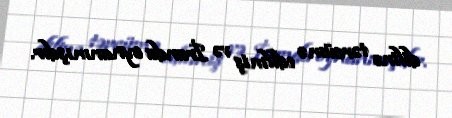
dilinə tərcümə edilmiş və İranda oynanmışdır.